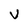
Character: v